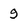
Character: 9